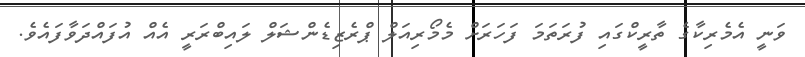
ވަނީ އެމެރިކާގެ ތާރީކްގައި ފުރަތަމަ ފަހަރަށް މެމޯރިއަލް ޕްރެޒިޑެންޝަލް ލައިބްރަރީ އެއް އުފައްދަވާފައެވެ.